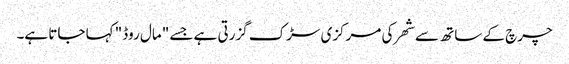
چرچ کے ساتھ سے شھر کی مرکزی سڑک گزرتی ہے جسے "مال روڈ" کہا جاتا ہے۔